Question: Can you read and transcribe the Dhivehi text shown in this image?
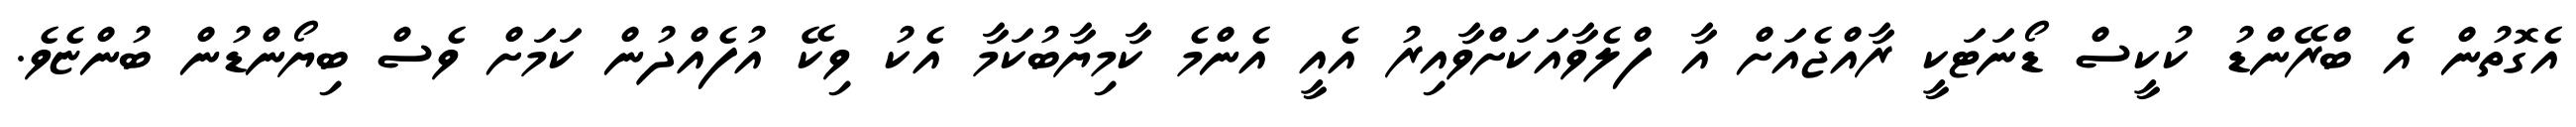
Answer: އެގޮތުން އެ ބްރޭންޑު ކުކީސް ޑޯނަޓަކީ ރާއްޖެއަށް އާ ފްލެވާއަކަށްވާއިރު އެއީ އެންމެ ކާމިޔާބުކަމާ އެކު ވިކޭ އުފެއްދުން ކަމަށް ވެސް ބިޔޯންޑުން ބުންޏެވެ.